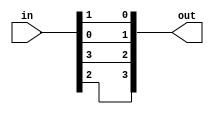
module rearrange(input [3:0] in, output [3:0] out);
  assign out[0] = in[1];
  assign out[1] = in[0];
  assign out[2] = in[3];
  assign out[3] = in[2];
endmodule